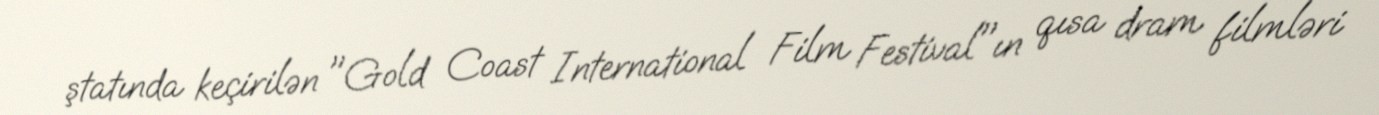
ştatında keçirilən "Gold Coast International Film Festival"ın qısa dram filmləri